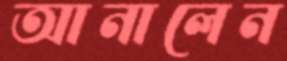
আনালেন